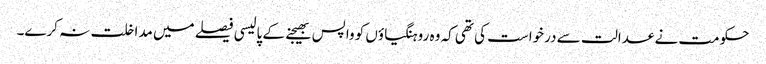
حکومت نے عدالت سے درخواست کی تھی کہ وہ روہنگیاؤں کو واپس بھیجنے کے پالیسی فیصلے میں مداخلت نہ کرے۔